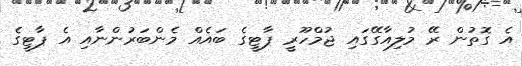
އެ ގޮތުން ރޭ މުލިއާގޭގައި ޖުމްހޫރީ ޕާޓީގެ ބައެއް މެންބަރުންނާއި އެ ޕާޓީގެ